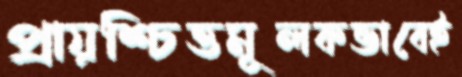
প্রায়শ্চিত্তমূলকভাবেই